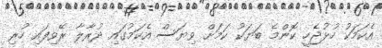
އެކަމަކު ހުޅުޖެހީ ކޮންމެ ބަޔަކު ކަމަށް ވިޔަސް އެކަމުގައި ދުރާލާ ރޭވިފައި ހުރި